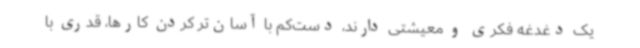
یک دغدغه فکری و معیشتی دارند، دست‌کم با آسان‌تر کردن کارها، قدری با